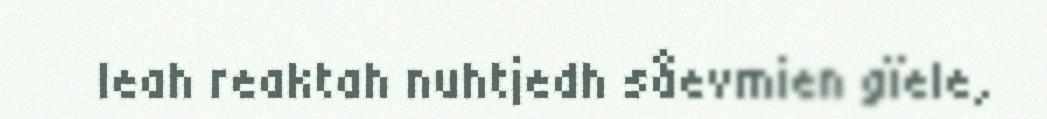
leah reaktah nuhtjedh såevmien gïele,